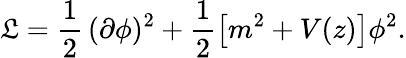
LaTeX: {\cal\mathfrak{L}}=\frac{{1}}{{2}}\, (\partial\phi)^{2}+\frac{{1}}{{2}}\left[m^{2}+V(z)\right]\phi^{2}.